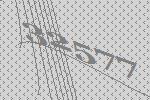
32577